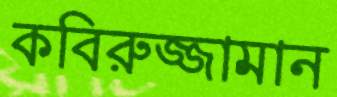
কবিরুজ্জামান